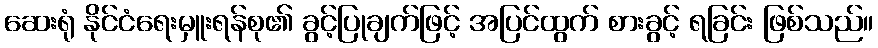
ဆေးရုံ နိုင်ငံရေးမှူးရန်စု၏ ခွင့်ပြုချက်ဖြင့် အပြင်ထွက် စားခွင့် ရခြင်း ဖြစ်သည်။